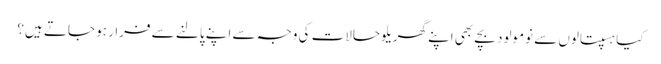
کیا ہسپتالوں سے نومولود بچے بھی اپنے گھریلو حالات کی وجہ سے اپنے پالنے سے فرار ہو جاتے ہیں؟